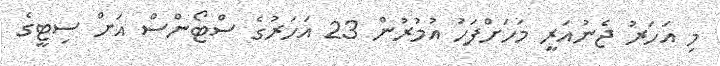
މި އަހަރު ޖެނުއަރީ މަހަށްފަހު އުމުރުން 23 އަހަރުގެ ސްޓޯންސް އަށް ސިޓީގެ